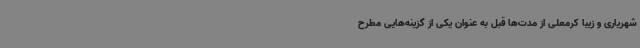
شهریاری و زیبا کرمعلی از مدت‌ها قبل به عنوان یکی از گزینه‌هایی مطرح